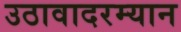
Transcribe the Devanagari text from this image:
उठावादरम्यान